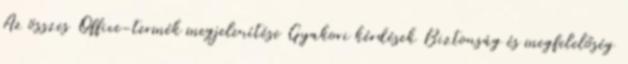
Az összes Office-termék megjelenítése Gyakori kérdések Biztonság és megfelelőség